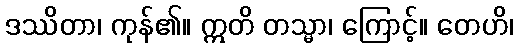
ဒဿိတာ၊ ကုန်၏။ ဣတိ တသ္မာ၊ ကြောင့်။ တေဟိ၊